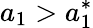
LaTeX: a_{1}>a_{1}^{*}